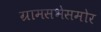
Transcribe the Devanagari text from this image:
ग्रामसभेसमोर